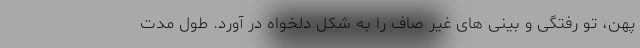
پهن، تو رفتگی و بینی های غیر صاف را به شکل دلخواه در آورد. طول مدت